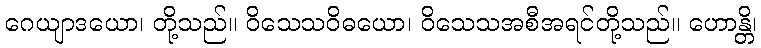
ဂေယျာဒယော၊ တို့သည်။ ဝိသေသဝိဓယော၊ ဝိသေသအစီအရင်တို့သည်။ ဟောန္တိ၊